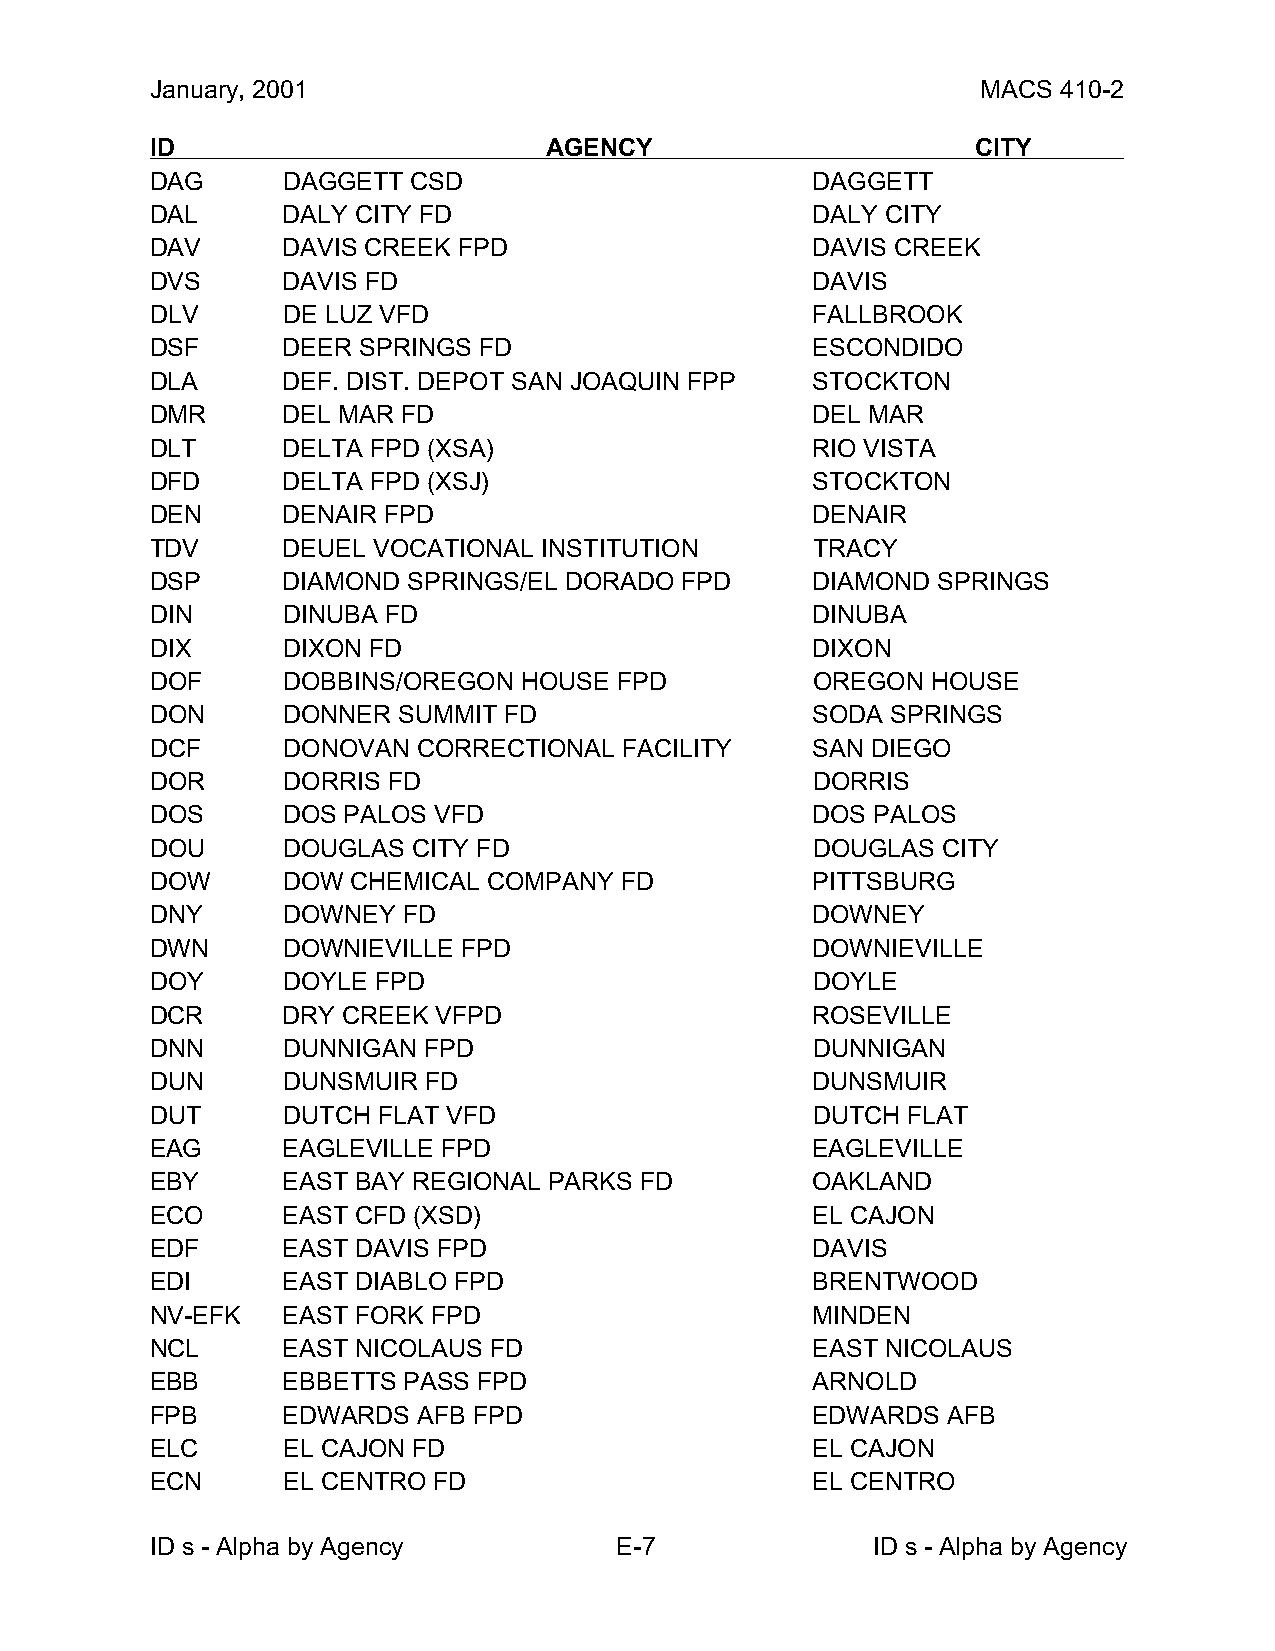
January, 2001                                          MACS 410-2
 ID                        AGENCY                       CITY
 DAG      DAGGETT CSD                        DAGGETT
 DAL      DALY CITY FD                       DALY CITY
 DAV      DAVIS CREEK FPD                    DAVIS CREEK
 DVS      DAVIS FD                           DAVIS
 DLV      DE LUZ VFD                         FALLBROOK
 DSF      DEER SPRINGS FD                    ESCONDIDO
 DLA      DEF. DIST. DEPOT SAN JOAQUIN FPP   STOCKTON
 DMR      DEL MAR FD                         DEL MAR
 DLT      DELTA FPD (XSA)                    RIO VISTA
 DFD      DELTA FPD (XSJ)                    STOCKTON
 DEN      DENAIR FPD                         DENAIR
 TDV      DEUEL VOCATIONAL INSTITUTION       TRACY
 DSP      DIAMOND SPRINGS/EL DORADO FPD      DIAMOND SPRINGS
 DIN      DINUBA FD                          DINUBA
 DIX      DIXON FD                           DIXON
 DOF      DOBBINS/OREGON HOUSE  FPD          OREGON  HOUSE
 DON      DONNER SUMMIT FD                   SODA SPRINGS
 DCF      DONOVAN  CORRECTIONAL FACILITY     SAN DIEGO
 DOR      DORRIS FD                          DORRIS
 DOS      DOS PALOS VFD                      DOS PALOS
 DOU      DOUGLAS CITY FD                    DOUGLAS CITY
 DOW      DOW CHEMICAL COMPANY  FD           PITTSBURG
 DNY      DOWNEY  FD                         DOWNEY
 DWN      DOWNIEVILLE FPD                    DOWNIEVILLE
 DOY      DOYLE FPD                          DOYLE
 DCR      DRY CREEK VFPD                     ROSEVILLE
 DNN      DUNNIGAN FPD                       DUNNIGAN
 DUN      DUNSMUIR FD                        DUNSMUIR
 DUT      DUTCH FLAT VFD                     DUTCH FLAT
 EAG      EAGLEVILLE FPD                     EAGLEVILLE
 EBY      EAST BAY REGIONAL PARKS FD         OAKLAND
 ECO      EAST CFD (XSD)                     EL CAJON
 EDF      EAST DAVIS FPD                     DAVIS
 EDI      EAST DIABLO FPD                    BRENTWOOD
 NV-EFK   EAST FORK FPD                      MINDEN
 NCL      EAST NICOLAUS FD                   EAST NICOLAUS
 EBB      EBBETTS PASS FPD                   ARNOLD
 FPB      EDWARDS  AFB FPD                   EDWARDS  AFB
 ELC      EL CAJON FD                        EL CAJON
 ECN      EL CENTRO FD                       EL CENTRO
 ID s - Alpha by Agency         E-7              ID s - Alpha by Agency